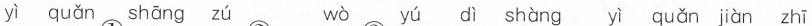
yì quǎn shāng zú wò yú dì shàng yì quǎn jiàn zhī